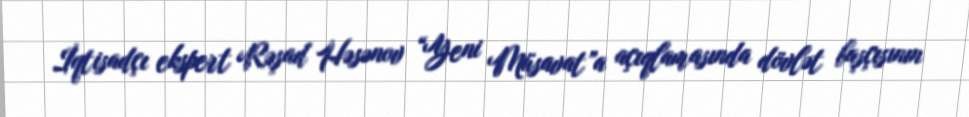
İqtisadçı ekspert Rəşad Həsənov “Yeni Müsavat”a açıqlamasında dövlət başçısının